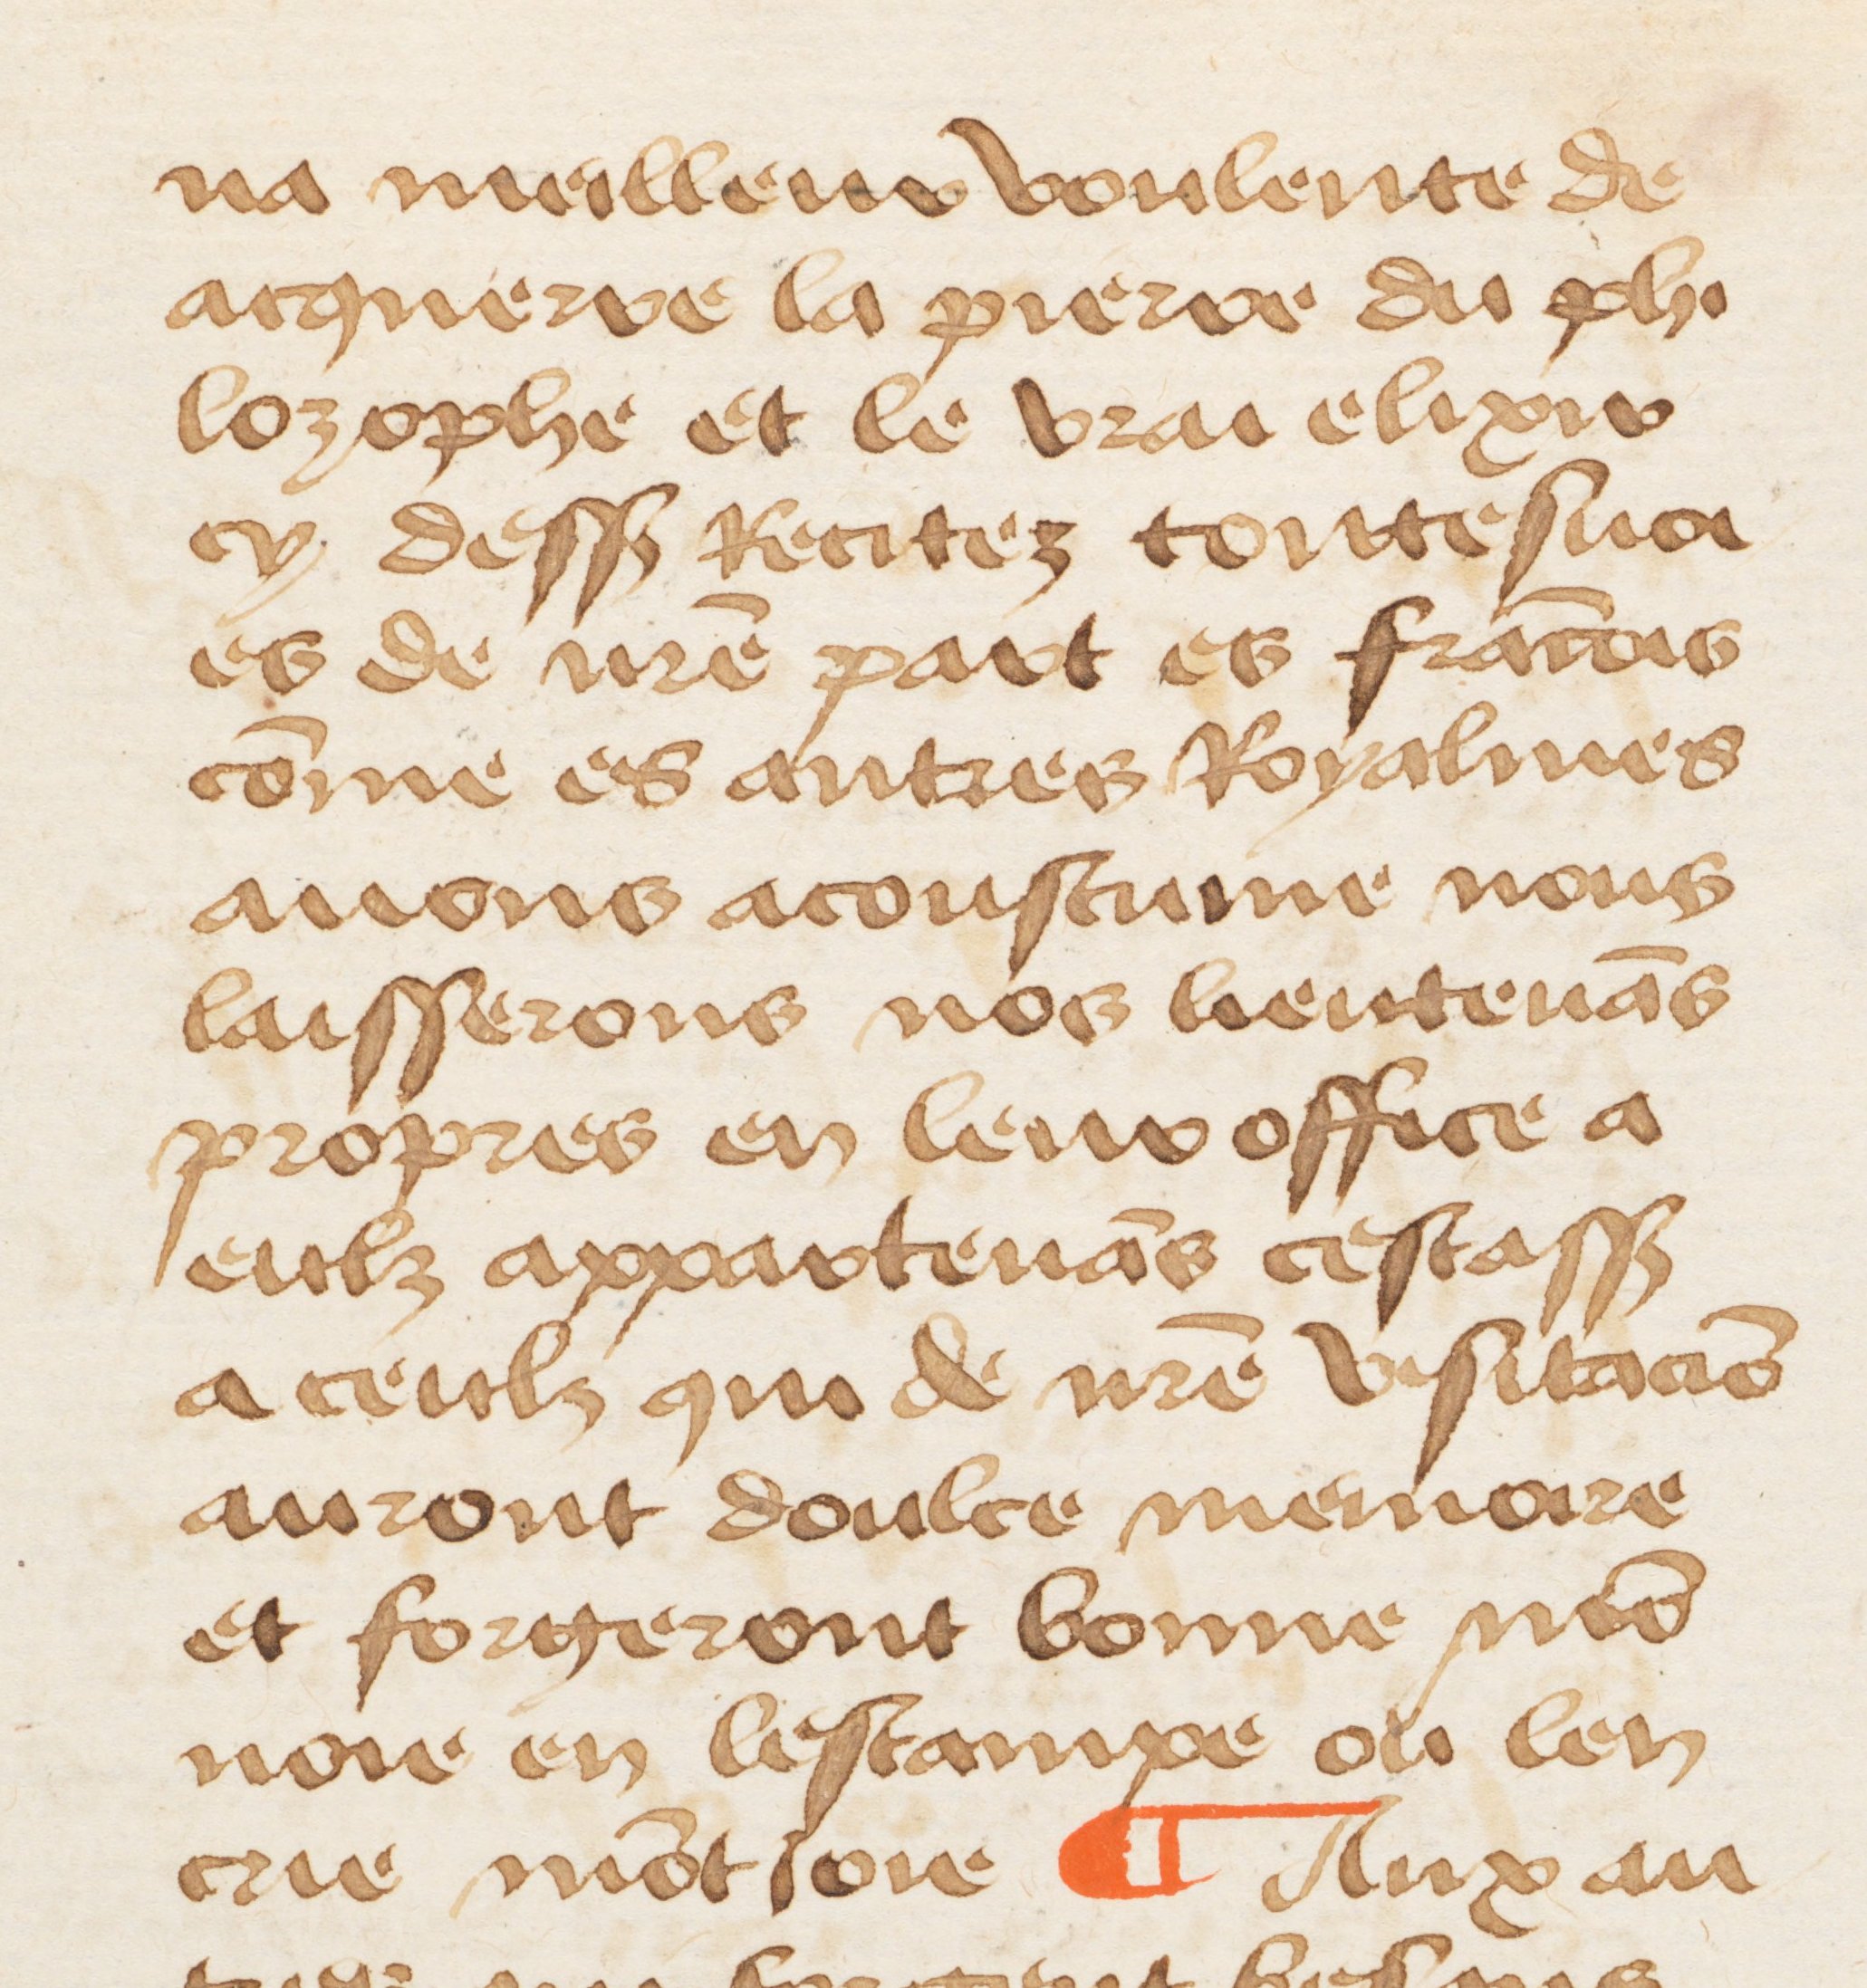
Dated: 1460–1470